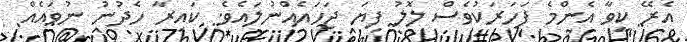
އެރޭ ކީވާ އެންމެ ފަހަރަކުވެސް ލޮލު ފިޔަ ޖަހައެއްނުލައެވެ. ކައިރާ ހެދުނު ނުވައެއް